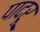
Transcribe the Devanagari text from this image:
पादरू